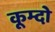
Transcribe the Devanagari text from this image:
कूम्दो